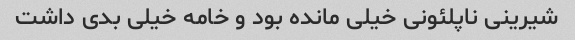
شیرینی ناپلئونی خیلی مانده بود و خامه خیلی بدی داشت